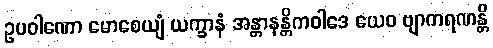
ဥပဝါဏော မောစေယျံ ယက္ခာနံ အန္တာနန္တိကဝါဒေ ယေဝ ဗျာကရဏန္တိ